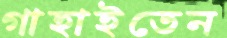
গাহাইতেন